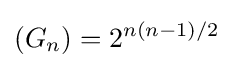
(G_{n})=2^{n(n-1)/2}